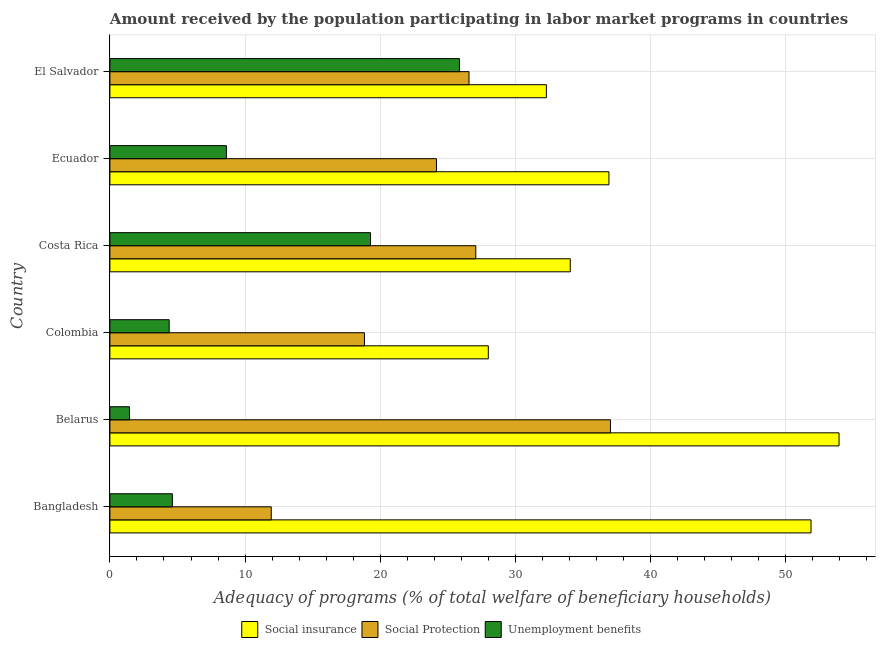
| Country | Social insurance | Social Protection | Unemployment benefits |
 | --- | --- | --- | --- |
 | Bangladesh | 51.9 | 11.9 | 4.62 |
 | Belarus | 53.9 | 37 | 1.45 |
 | Colombia | 28 | 18.8 | 4.39 |
 | Costa Rica | 34.1 | 27.1 | 19.3 |
 | Ecuador | 36.9 | 24.2 | 8.62 |
 | El Salvador | 32.3 | 26.6 | 25.9 |